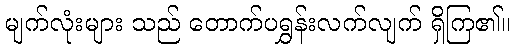
မျက်လုံးများ သည် တောက်ပရွှန်းလက်လျက် ရှိကြ၏။